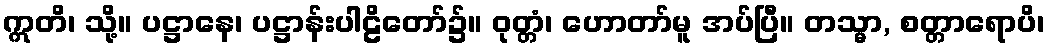
ဣတိ၊ သို့။ ပဋ္ဌာနေ၊ ပဋ္ဌာန်းပါဠိတော်၌။ ဝုတ္တံ၊ ဟောတာ်မူ အပ်ပြီ။ တသ္မာ, စတ္တာရောပိ၊